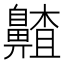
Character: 齄